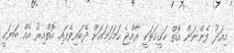
މިއަދު ފެންނަން އޮތް ހަގީގަތަކީ ރާއްޖެ ހަމަހަމައަށް ދެބައިވެފައި އޮތްއިރު އެއް ބަޔަކީ